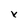
Character: x